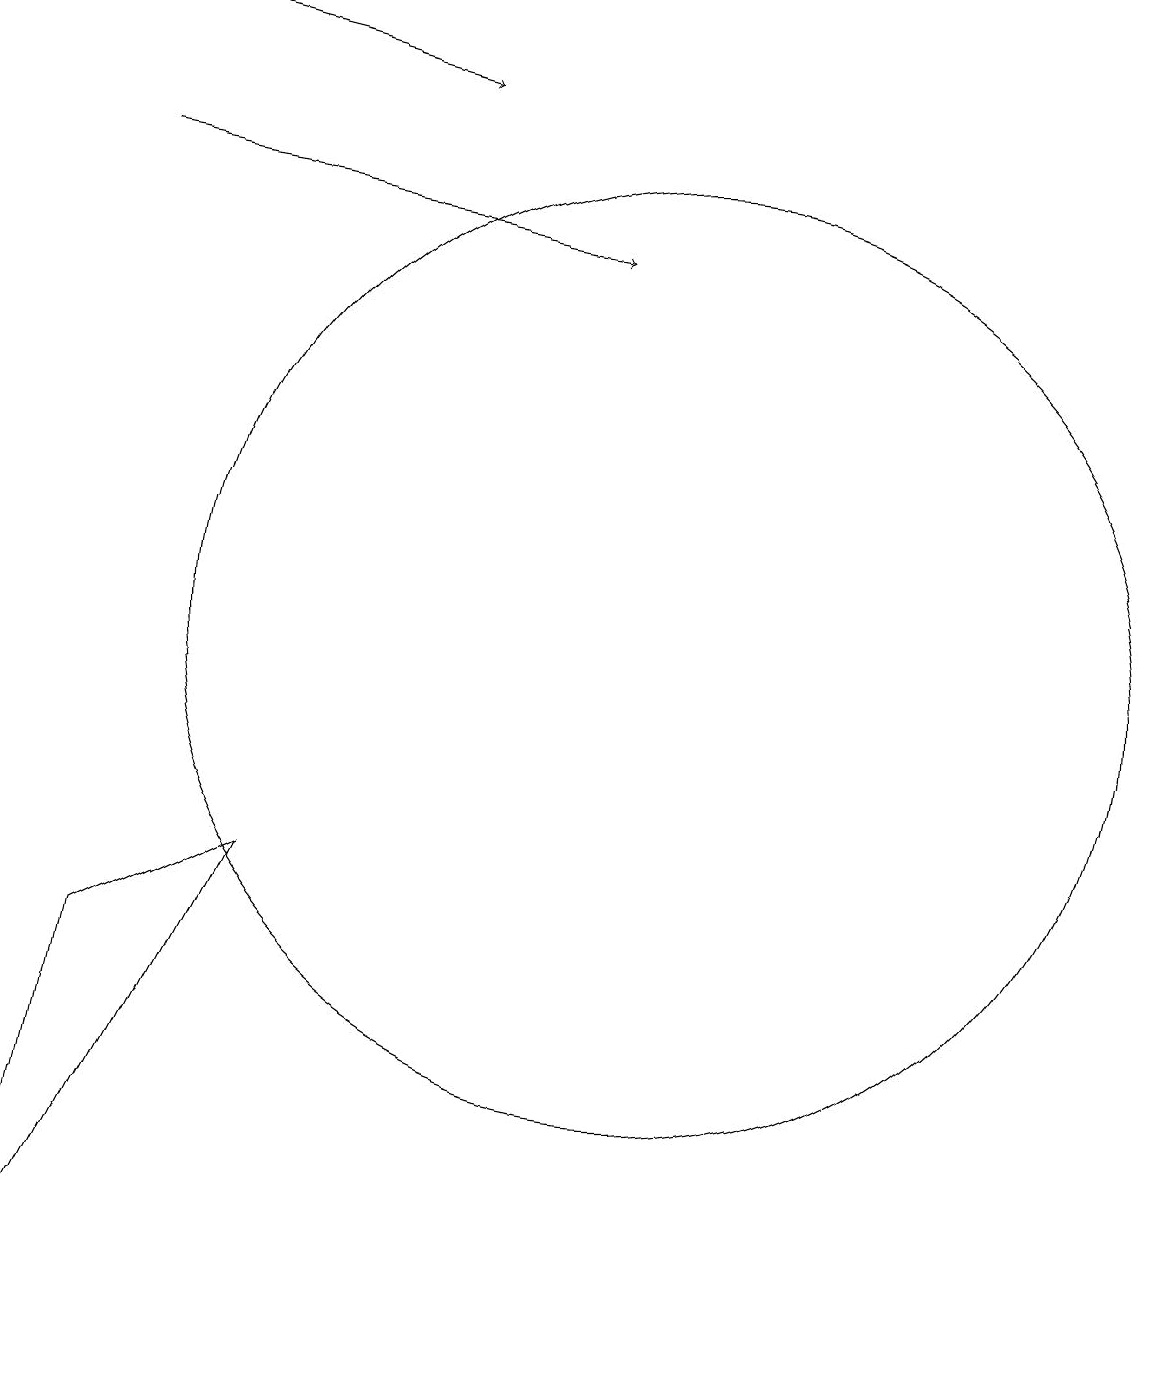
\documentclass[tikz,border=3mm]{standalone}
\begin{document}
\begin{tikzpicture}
\draw (5,8) -- (2,2) -- (3,7) -- cycle;
\draw[->] (3,17) -- (9,16);
\draw (11,10) circle (0);
\draw[->] (3,19) -- (7,18);
\draw (10,11) circle (6);
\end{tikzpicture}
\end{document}